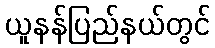
ယူနန်ပြည်နယ်တွင်